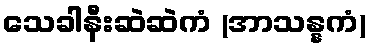
သေခါနီးဆဲဆဲကံ (အာသန္နကံ)